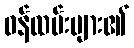
ဝန်ထမ်းများ၏